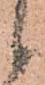
候